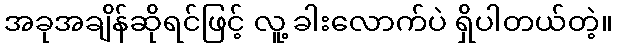
အခုအချိန်ဆိုရင်ဖြင့် လူ့ ခါးလောက်ပဲ ရှိပါတယ်တဲ့။